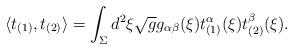
\begin{align*}\langle t_{(1)},t_{(2)} \rangle = \int_{\Sigma} d^{2}\xi \sqrt{g} g_{\alpha\beta}(\xi)t_{(1)}^{\alpha}(\xi)t_{(2)}^{\beta}(\xi).\end{align*}